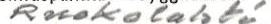
Ruokolahti